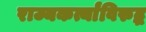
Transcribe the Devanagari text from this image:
राज्यकर्त्यांविरुद्ध